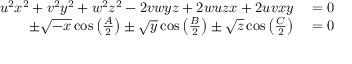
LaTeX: \begin{array} { r l } { u ^ { 2 } x ^ { 2 } + v ^ { 2 } y ^ { 2 } + w ^ { 2 } z ^ { 2 } - 2 v w y z + 2 w u z x + 2 u v x y } & { { } = 0 } \\ { \pm { \sqrt { - x } } \cos \left( { \frac { A } { 2 } } \right) \pm { \sqrt { y } } \cos \left( { \frac { B } { 2 } } \right) \pm { \sqrt { z } } \cos \left( { \frac { C } { 2 } } \right) } & { { } = 0 } \end{array}